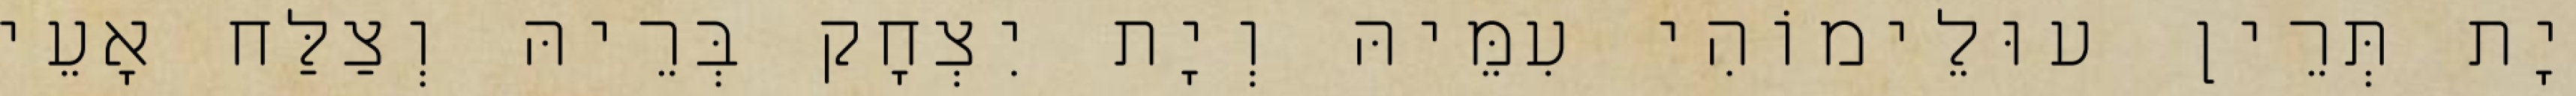
יָת תְּרֵין עוּלֵימוֹהִי עִמֵּיהּ וְיָת יִצְחָק בְּרֵיהּ וְצַלַּח אָעֵי